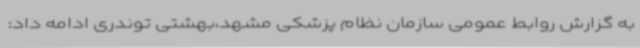
به گزارش روابط عمومی سازمان نظام پزشکی مشهد،بهشتی توندری ادامه داد: